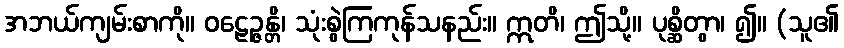
အဘယ်ကျမ်းစာကို။ ဝဠေဉ္ဇန္တိ၊ သုံးစွဲကြကုန်သနည်း။ ဣတိ၊ ဤသို့။ ပုစ္ဆိတွာ၊ ၍။ (သူ၏